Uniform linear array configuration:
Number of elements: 48
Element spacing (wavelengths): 0.75
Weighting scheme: uniform
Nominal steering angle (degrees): -45
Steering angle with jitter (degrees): -46.589
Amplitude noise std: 0.05
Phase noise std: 0.05

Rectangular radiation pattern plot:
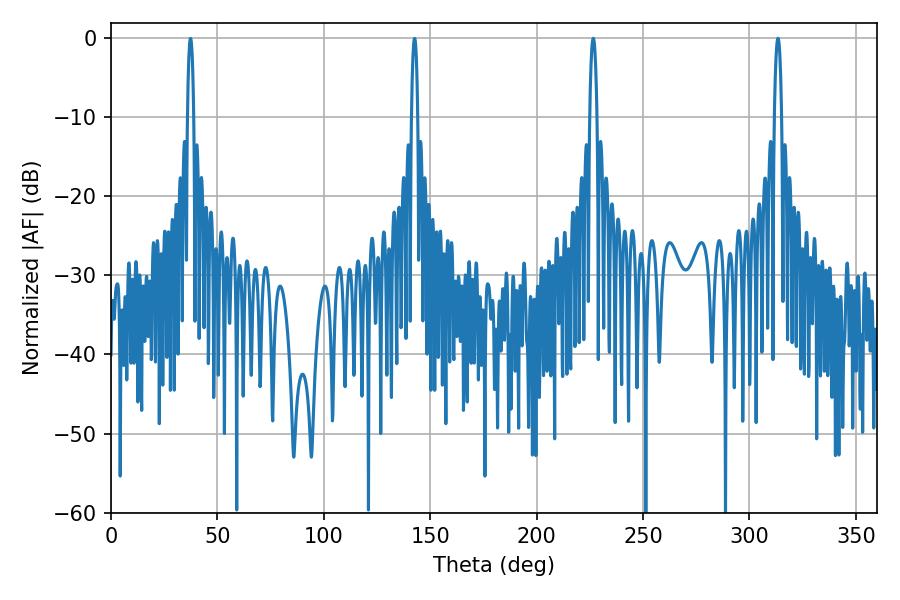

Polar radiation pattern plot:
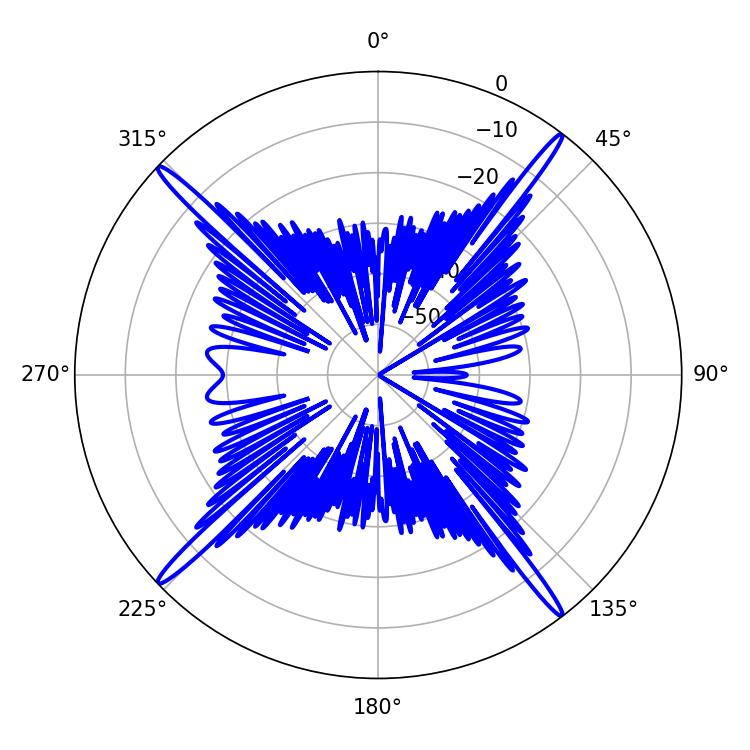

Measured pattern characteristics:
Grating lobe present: TRUE
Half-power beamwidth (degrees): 1.8
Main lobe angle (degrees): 226.62